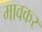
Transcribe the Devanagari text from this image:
मावकर